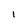
Character: l